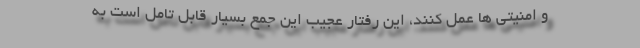
و امنیتی ها عمل کنند، این رفتار عجیب این جمع بسیار قابل تامل است به